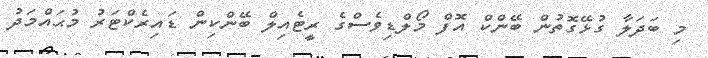
މި ބަދަލާ ގުޅޭގޮތުން ބޭންކް އޮފް މޯލްޑިވެސްގެ ރީޓެއިލް ބޭންކިން ޑައިރެކްޓަރު މުޙައްމަދު